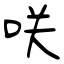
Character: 咲